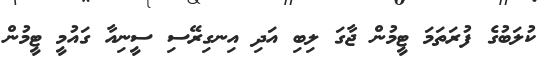
ކުލަބުގެ ފުރަތަމަ ޓީމުން ޖާގަ ލިބި އަދި އިނގިރޭސި ސީނިއާ ގައުމީ ޓީމުން